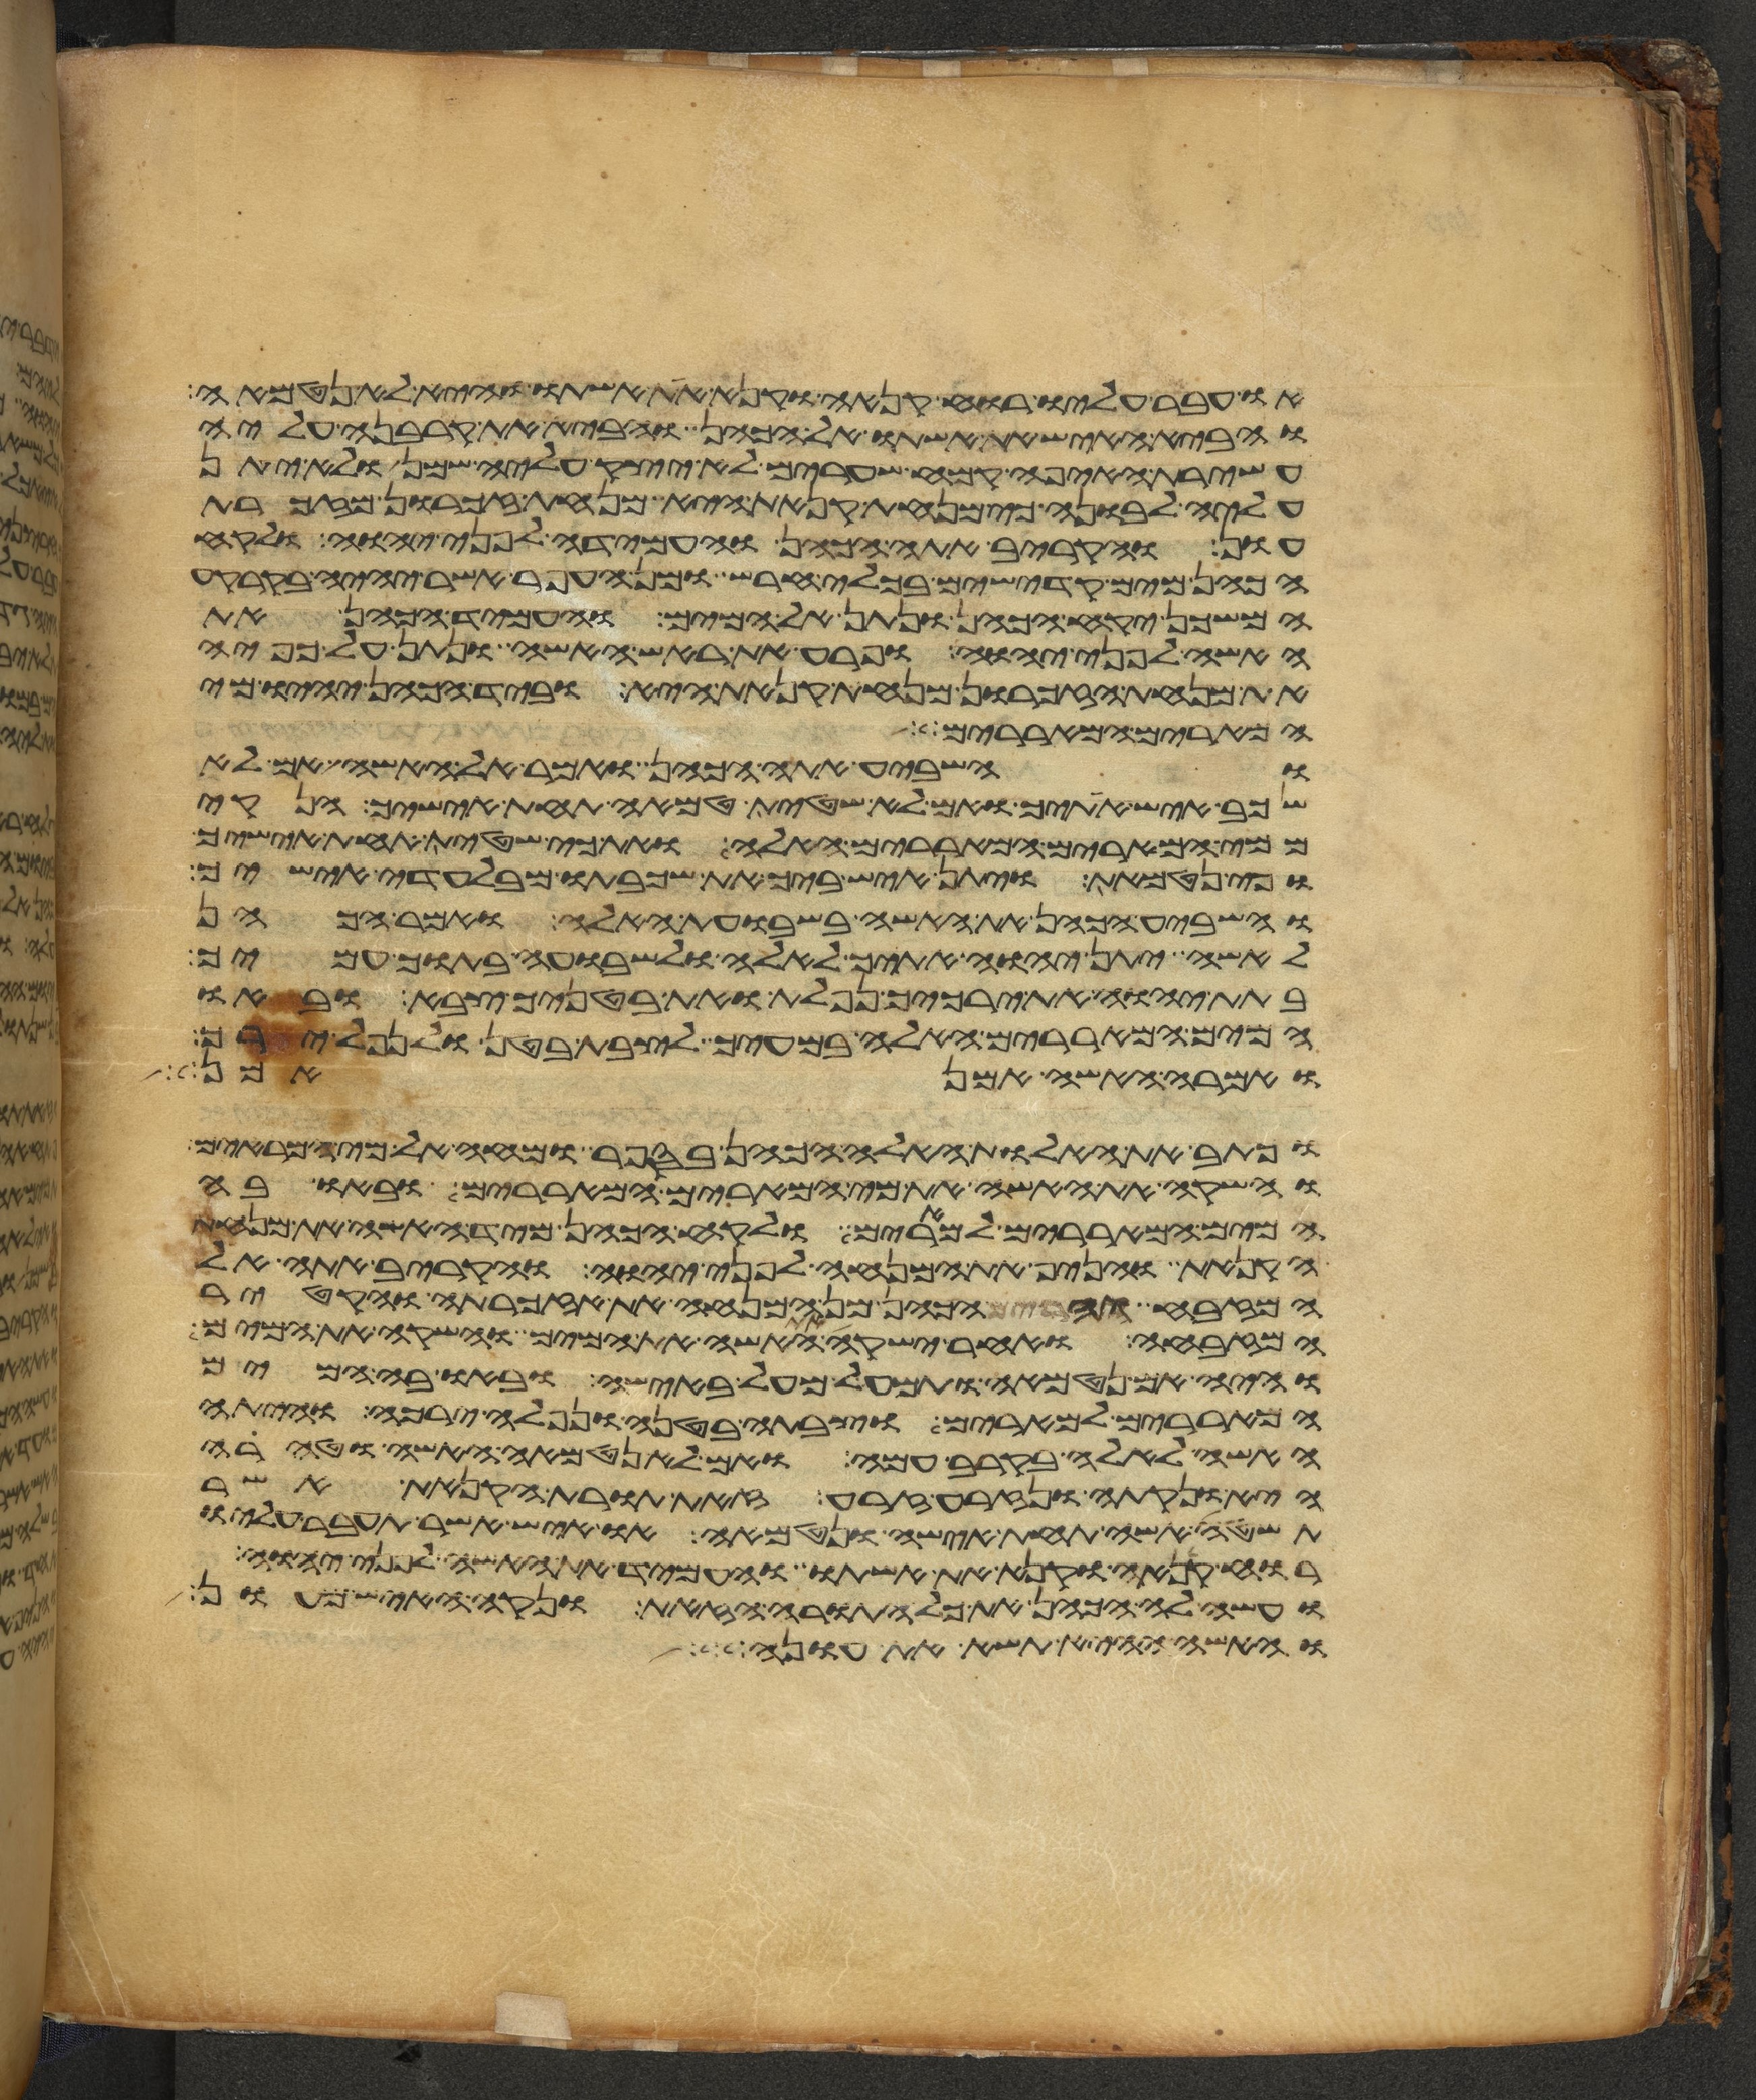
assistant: או עבר עליו רוח קנאה וקנא את אשתו והיא לא נטמאה
והביא האיש את אשתו אל הכהן והביא את קרבנה עליה
עשירת האיפה קמח שערים לא יצק עליה שמן ולא יתן
עליה לבונה כי מנחת קנאת היא מנחת זכרון מזכרת
עון והקריב אתה הכהן והעמידה לפני יהוה ולקח
הכהן מים קדישים בכלי חרש ומן העפר אשר יהיה בקרקע
המשכן יקח הכהן ונתן אל המים והעמיד הכהן את
האשה לפני יהוה ופרע את ראש האשה ונתן על כפיה
את מנחת הזכרון מנחת קנאת היא וביד הכהן יהיו מי
המרים המאררים
והשביע אתה הכהן ואמר אל האשה אם לא
שכב איש אתיך ואם לא שטית טמאה תחת אישיך הנקי
ממי המרים המאררים האלה ואת כי שטית תחת אישיך
וכי נטמאת ויתן איש ביך את שכבתו מבלעדי אישיך
והשביע הכהן את האשה בשבועת האלה ואמר הכהן
לאשה יתן יהוה אתיך לאלה ולשבועה בתוך עמיך
בתת יהוה את ירכיך נפלת ואת בטניך צבא ובאו
המים המאררים האלה במעיך לצבת בטן ולנפל ירך
ואמרה האשה אמן אמן
וכתב את האלות האלה הכהן בספר ומחה אל מי המרים
והשקה את האשה את מי המרים המאררים ובאו בה
המים המאררים למרים ולקח הכהן מיד האשה את מנחת
הקנאת והניף את המנחה לפני יהוה והקריב אתה אל
המזבח והרים הכהן מן המנחה את אזכרתה והקטיר
המזבחה ואחר ישקה את האשה את המים והשקה את המים
והיה אם נטמאה ותמעל מעל באישה ובאו בה המים
המאררים למרים וצבתה בטנה ונפלה ירכה והיתה
האשה לאלה בקרב עמה ואם לא נטמאה האשה וטהרה
היא ונקתה ונזרעה זרע זאת תורת הקנאת אשר
תשטה אשה תחת אישה ונטמאה או איש אשר תעבר עליו
רוח קנאה וקנא את אשתו והעמיד את האשה לפני יהוה
ועשה לה הכהן את כל התורה הזאת ונקה האיש מעון
והאשה ההיא תשא את עונה